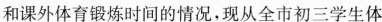
和课外体育锻炼时间的情况，现从全市初三学生体